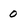
Character: 0